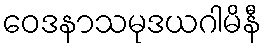
ဝေဒနာသမုဒယဂါမိနီ